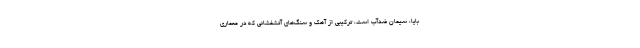
بایا، سیمان ضدآب است، ترکیبی از آهک و سنگ‌‌های آتشفشانی که در معماری